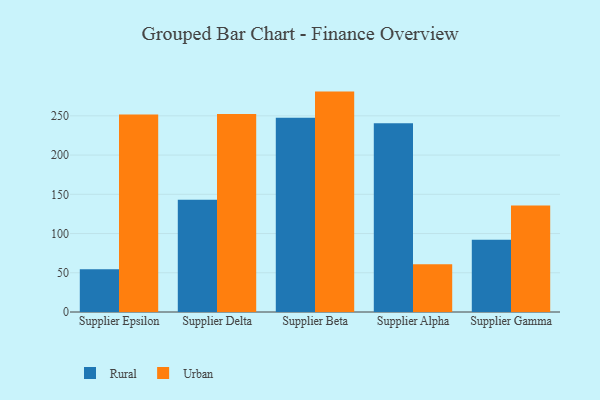
{"axis": {"x": "Supplier", "y": "Shipments"}, "legend": ["Rural", "Urban"], "data": [{"x": "Supplier Epsilon", "y": 54.4, "type": "Rural"}, {"x": "Supplier Epsilon", "y": 251.8, "type": "Urban"}, {"x": "Supplier Delta", "y": 143.1, "type": "Rural"}, {"x": "Supplier Delta", "y": 252.3, "type": "Urban"}, {"x": "Supplier Beta", "y": 247.6, "type": "Rural"}, {"x": "Supplier Beta", "y": 280.9, "type": "Urban"}, {"x": "Supplier Alpha", "y": 240.5, "type": "Rural"}, {"x": "Supplier Alpha", "y": 60.8, "type": "Urban"}, {"x": "Supplier Gamma", "y": 92.1, "type": "Rural"}, {"x": "Supplier Gamma", "y": 135.6, "type": "Urban"}]}